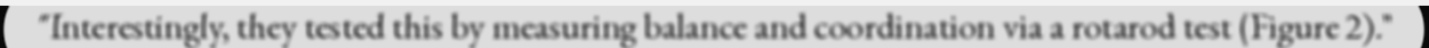
"Interestingly, they tested this by measuring balance and coordination via a rotarod test (Figure 2)."